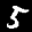
Label: 5